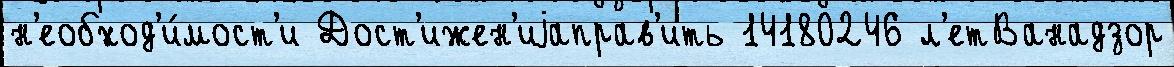
н'еобход'и́мост'и Дост'ижен'иjаправ'ить 14180246 л'етВанадзор